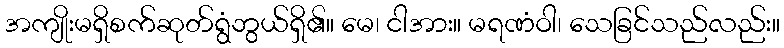
အကျိုးမရှိစက်ဆုတ်ရွံဘွယ်ရှိ၏။ မေ၊ ငါအား။ မရဏံဝါ၊ သေခြင်သည်လည်း။